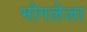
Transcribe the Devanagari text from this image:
भोगलेला